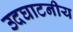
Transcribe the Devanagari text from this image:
उदघाटनीय